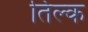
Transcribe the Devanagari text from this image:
तिल्क